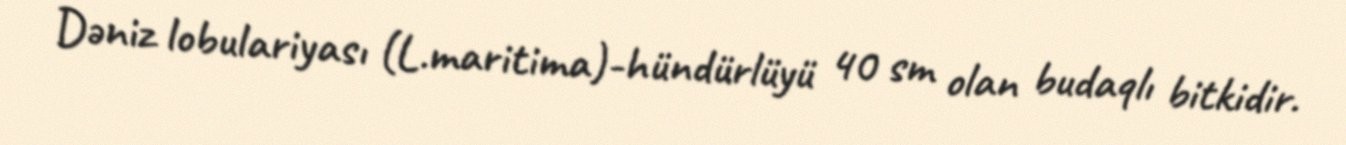
Dəniz lobulariyası (L.maritima)-hündürlüyü 40 sm olan budaqlı bitkidir.